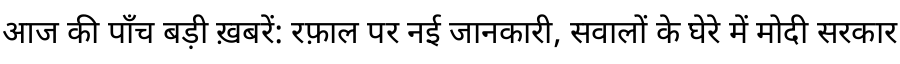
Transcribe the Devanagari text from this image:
आज की पाँच बड़ी ख़बरें: रफ़ाल पर नई जानकारी, सवालों के घेरे में मोदी सरकार